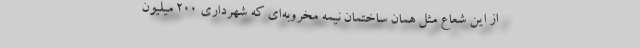
از اين شعاع مثل همان ساختمان نيمه مخروبه‌اي كه شهرداري 200 ميليون